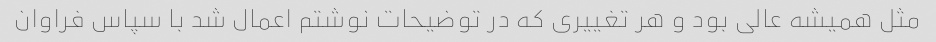
مثل همیشه عالی بود و هر تغییری که در توضیحات نوشتم اعمال شد با سپاس فراوان